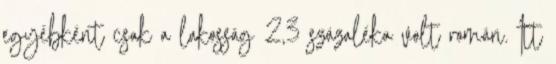
egyébként csak a lakosság 2,3 százaléka volt román. Itt